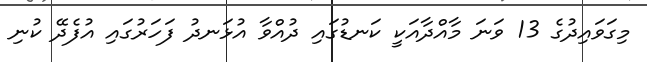
މިގަވައިދުގެ 13 ވަނަ މާއްދާއަކީ ކަނޑުގައި ދުއްވާ އުޅަނދު ފަހަރުގައި އުފެދޭ ކުނި